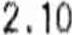
2.10